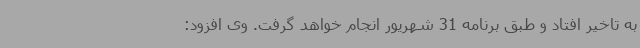
به تاخیر افتاد و طبق برنامه 31 شهریور انجام خواهد گرفت. وی افزود: